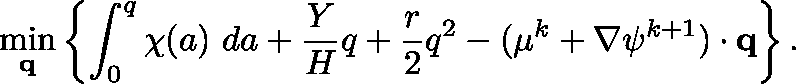
\operatorname* { m i n } _ { \mathbf { q } } \left\{ \int _ { 0 } ^ { q } \chi ( a ) ~ d a + \frac { Y } { H } q + \frac { r } { 2 } q ^ { 2 } - ( \mathbf { \mu } ^ { k } + \nabla \psi ^ { k + 1 } ) \cdot \mathbf { q } \right\} .